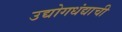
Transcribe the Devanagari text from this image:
उद्योगधंद्याची